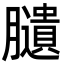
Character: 䑊